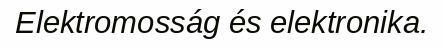
Elektromosság és elektronika.